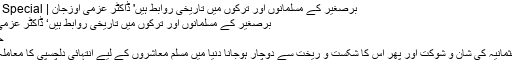
برصغیر کے مسلمانوں اور ترکوں میں تاریخی روابط ہیں' ڈاکٹر عزمی اوزجان | Friday Special
برصغیر کے مسلمانوں اور ترکوں میں تاریخی روابط ہیں‘ ڈاکٹر عزمی اوزجان
حنین رفیع
خلافتِ عثمانیہ کی شان و شوکت اور پھر اس کا شکست و ریخت سے دوچار ہوجانا دنیا میں مسلم معاشروں کے لیے انتہائی دلچسپی کا معاملہ رہا ہے۔